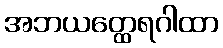
အဘယတ္ထေရဂါထာ